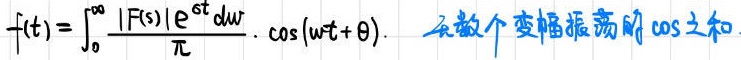
\[
f(t)=\int_{0}^{\infty} \frac{|F(s)| \mathrm{e}^{-\sigma t}}{\pi} \mathrm{d} w \cdot \cos (w t+\theta) \text{. 无数个变幅振荡的}\cos\text{之和}
\]